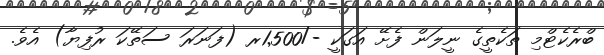
ބްރެކެޓްމި ތަކެތީގެ ނީލަން ފެށޭ އަގަކީ -/1